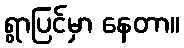
ရွာပြင်မှာ နေတာ။